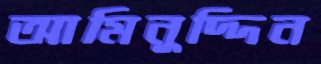
আমিনুদ্দিন